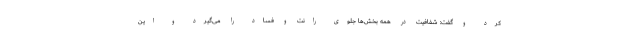
کرد و گفت: شفافیت در همه بخش‌ها جلوی رانت و فساد را می‌گیرد و این